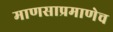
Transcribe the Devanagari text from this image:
माणसाप्रमाणेच